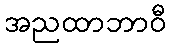
အညထာဘာဝီ